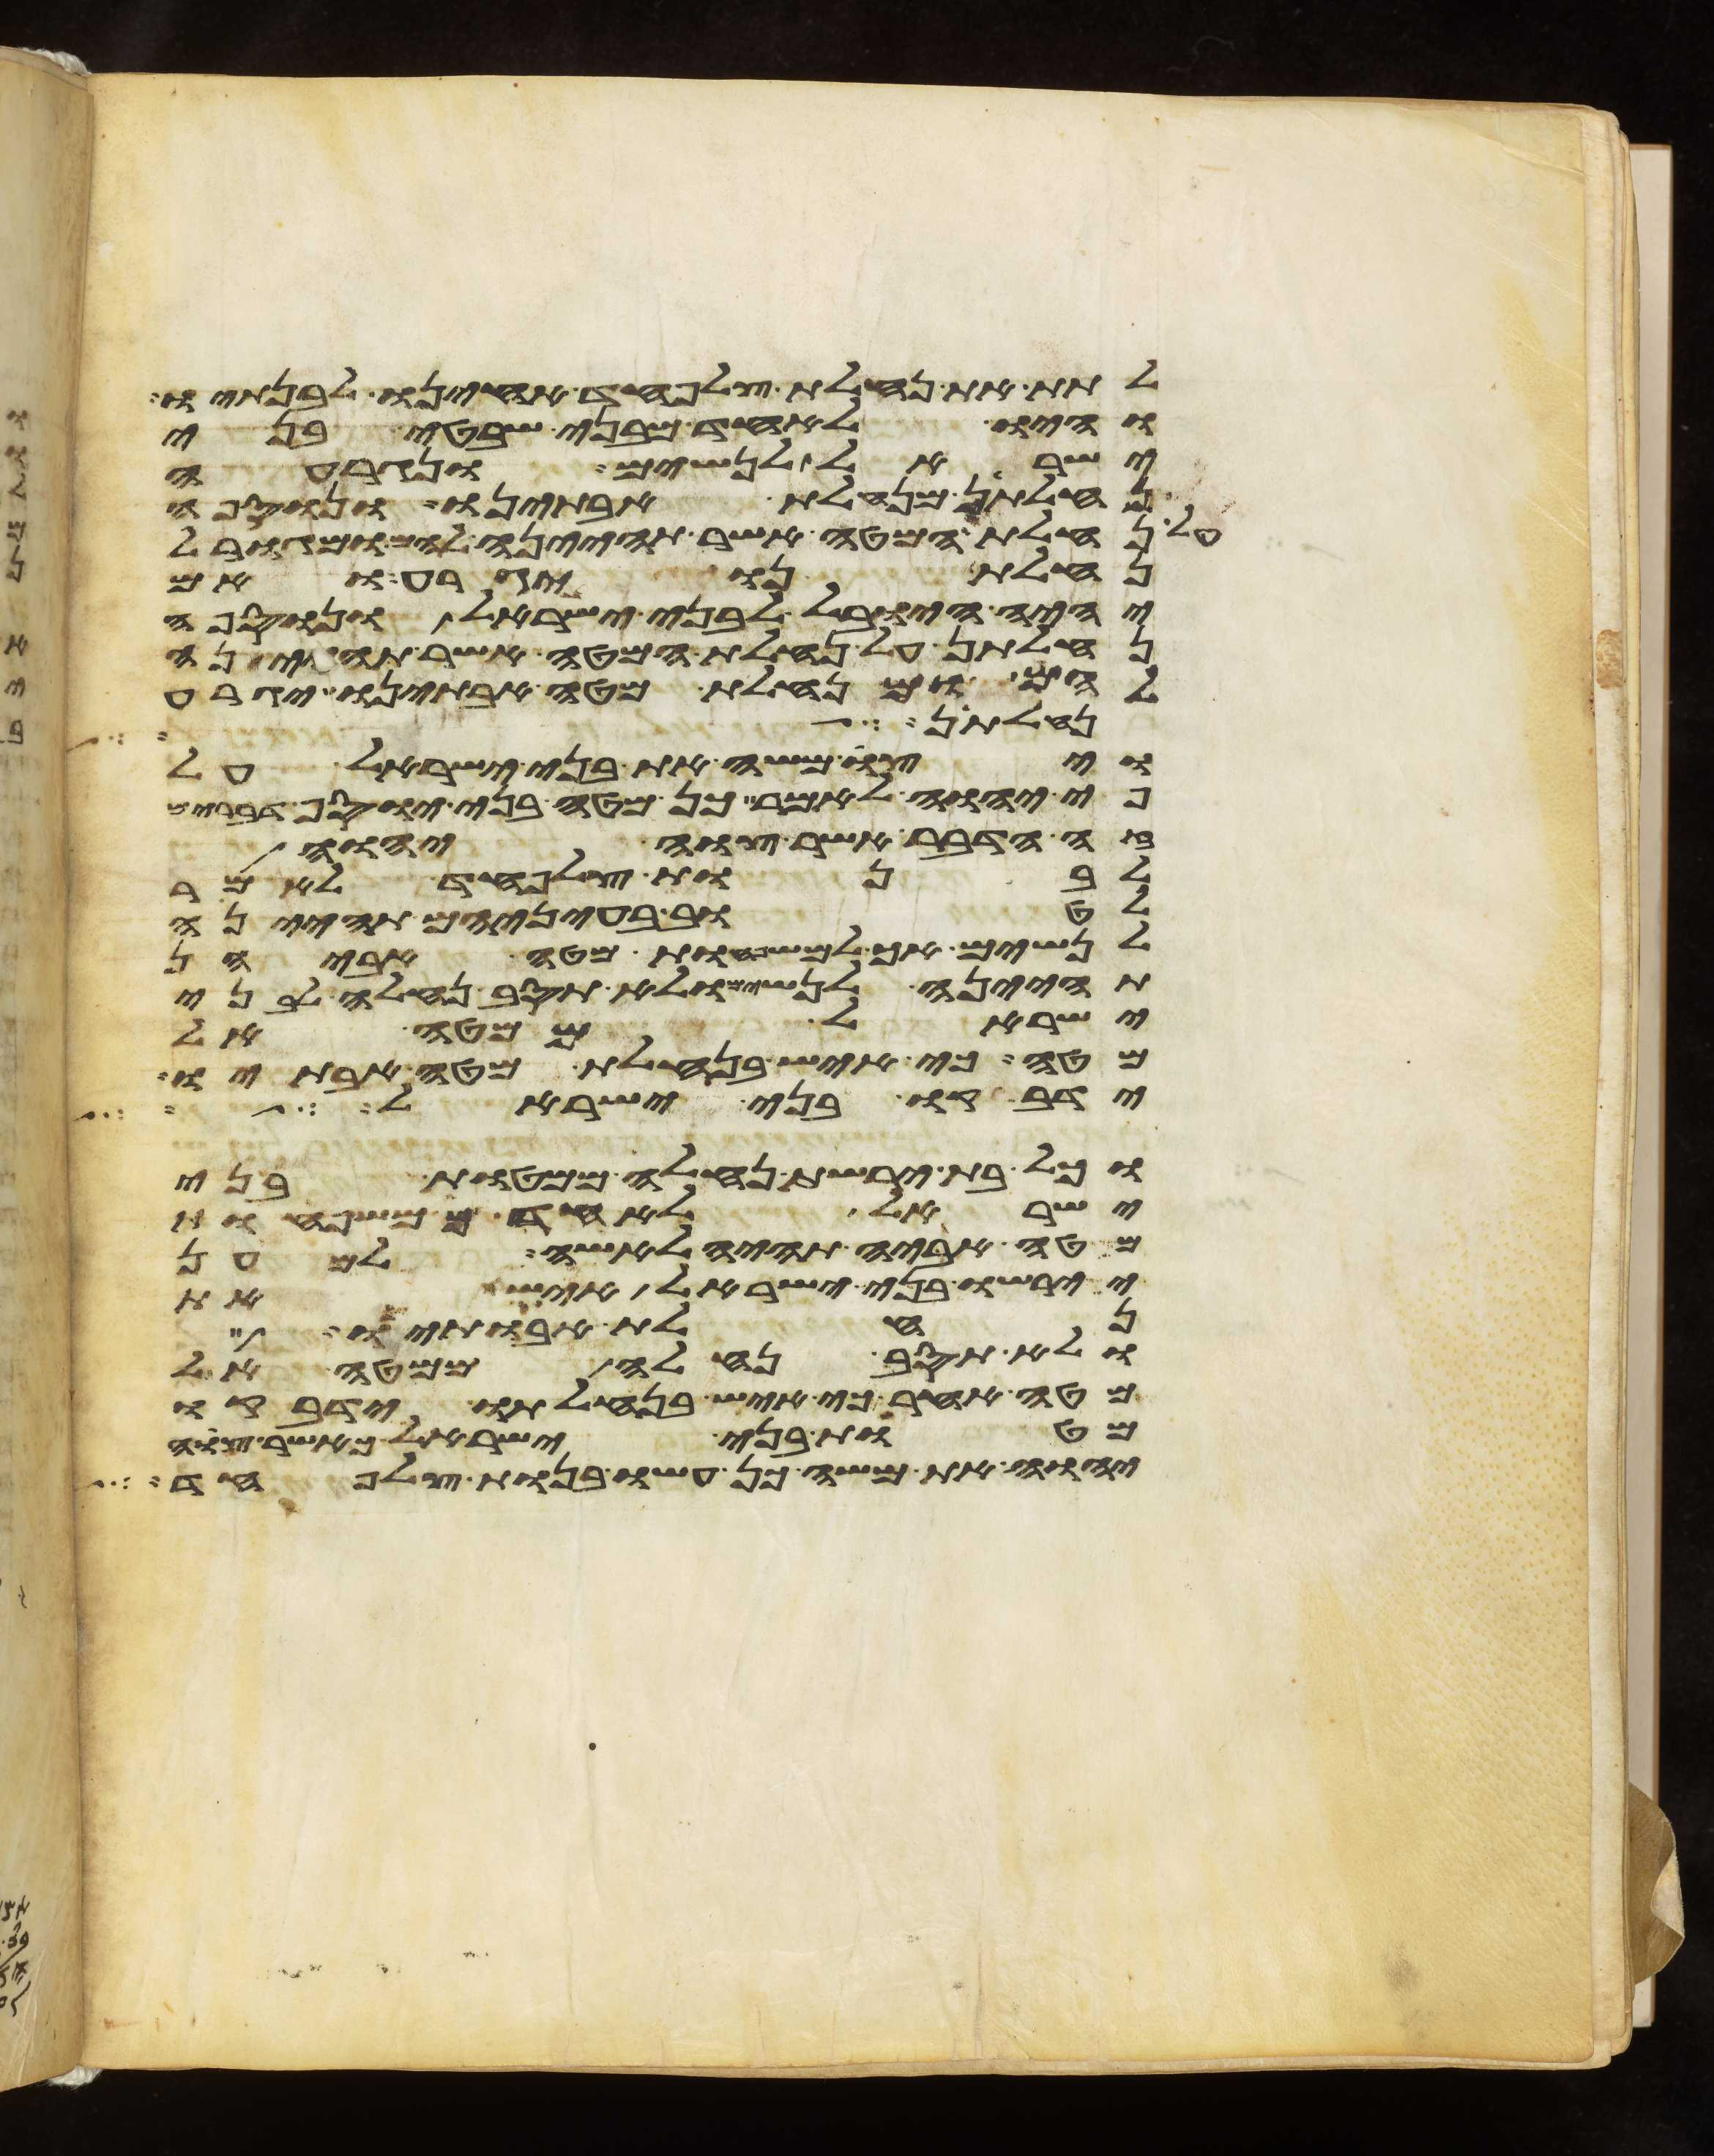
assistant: לתת את נחלת צלפחד אחינו לבנתיו
והיו לאחד מבני שבטי בני
ישראל לנשים ונגרעה
נחלתן מנחלת אבתינו ונוספה
על נחלת המטה אשר תהיינה להם ומגורל
נחלתנו יגרע ואם
יהיה היובל לבני ישראל ונוספה
נחלתן על נחלת המטה אשר תהיינה
להם ומנחלת מטה אבתינו יגרע
נחלתן מנחלת
ויצו משה את בני ישראל על
פי יהוה לאמר כן מטה בני יוסף דברים
זה הדבר אשר צוה יהוה
לבנות צלפחד לאמר
לטוב בעיניהם תהינה
לנשים אך למשפחת מטה אביהן
תהינה לנשים ולא תסוב נחלה לבני
ישראל ממטה אל
מטה כי איש בנחלת מטה אבתיו
ידבקו בני ישראל
וכל בת ירשת נחלה ממטות בני
ישראל לאחד ממשפחת
מטה אביה תהיה לאשה למען
יירשו בני ישראל איש את
נחלת אבתיו
ולא תסב נחלה ממטה אל
מטה אחר כי איש בנחלתו ידבקו
מטות בני ישראל כאשר צוה
יהוה את משה כן עשו בנות צלפחד